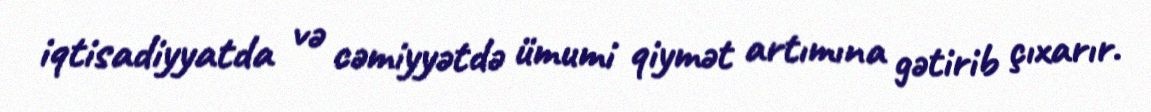
iqtisadiyyatda və cəmiyyətdə ümumi qiymət artımına gətirib çıxarır.